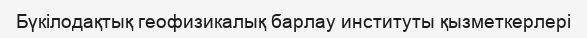
Бүкілодақтық геофизикалық барлау институты қызметкерлері